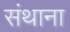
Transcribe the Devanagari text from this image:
संथाना